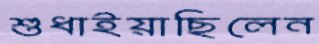
শুধাইয়াছিলেন